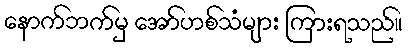
နောက်ဘက်မှ အော်ဟစ်သံများ ကြားရသည်။